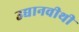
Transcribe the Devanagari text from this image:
उद्यानवीथी